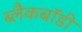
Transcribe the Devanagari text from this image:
ब्लैकबॉडी